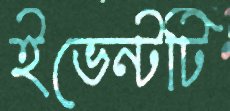
ইভেন্টটি